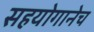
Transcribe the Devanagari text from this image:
सहयोगानेच